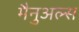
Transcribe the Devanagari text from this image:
मैनुअल्स